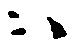
ハ